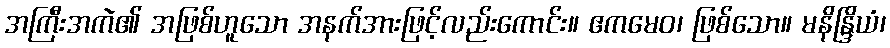
အကြီးအကဲ၏ အဖြစ်ဟူသော အနက်အားဖြင့်လည်းကောင်း။ ဧကမေဝ၊ ဖြစ်သော။ မနိန္ဒြိယံ၊